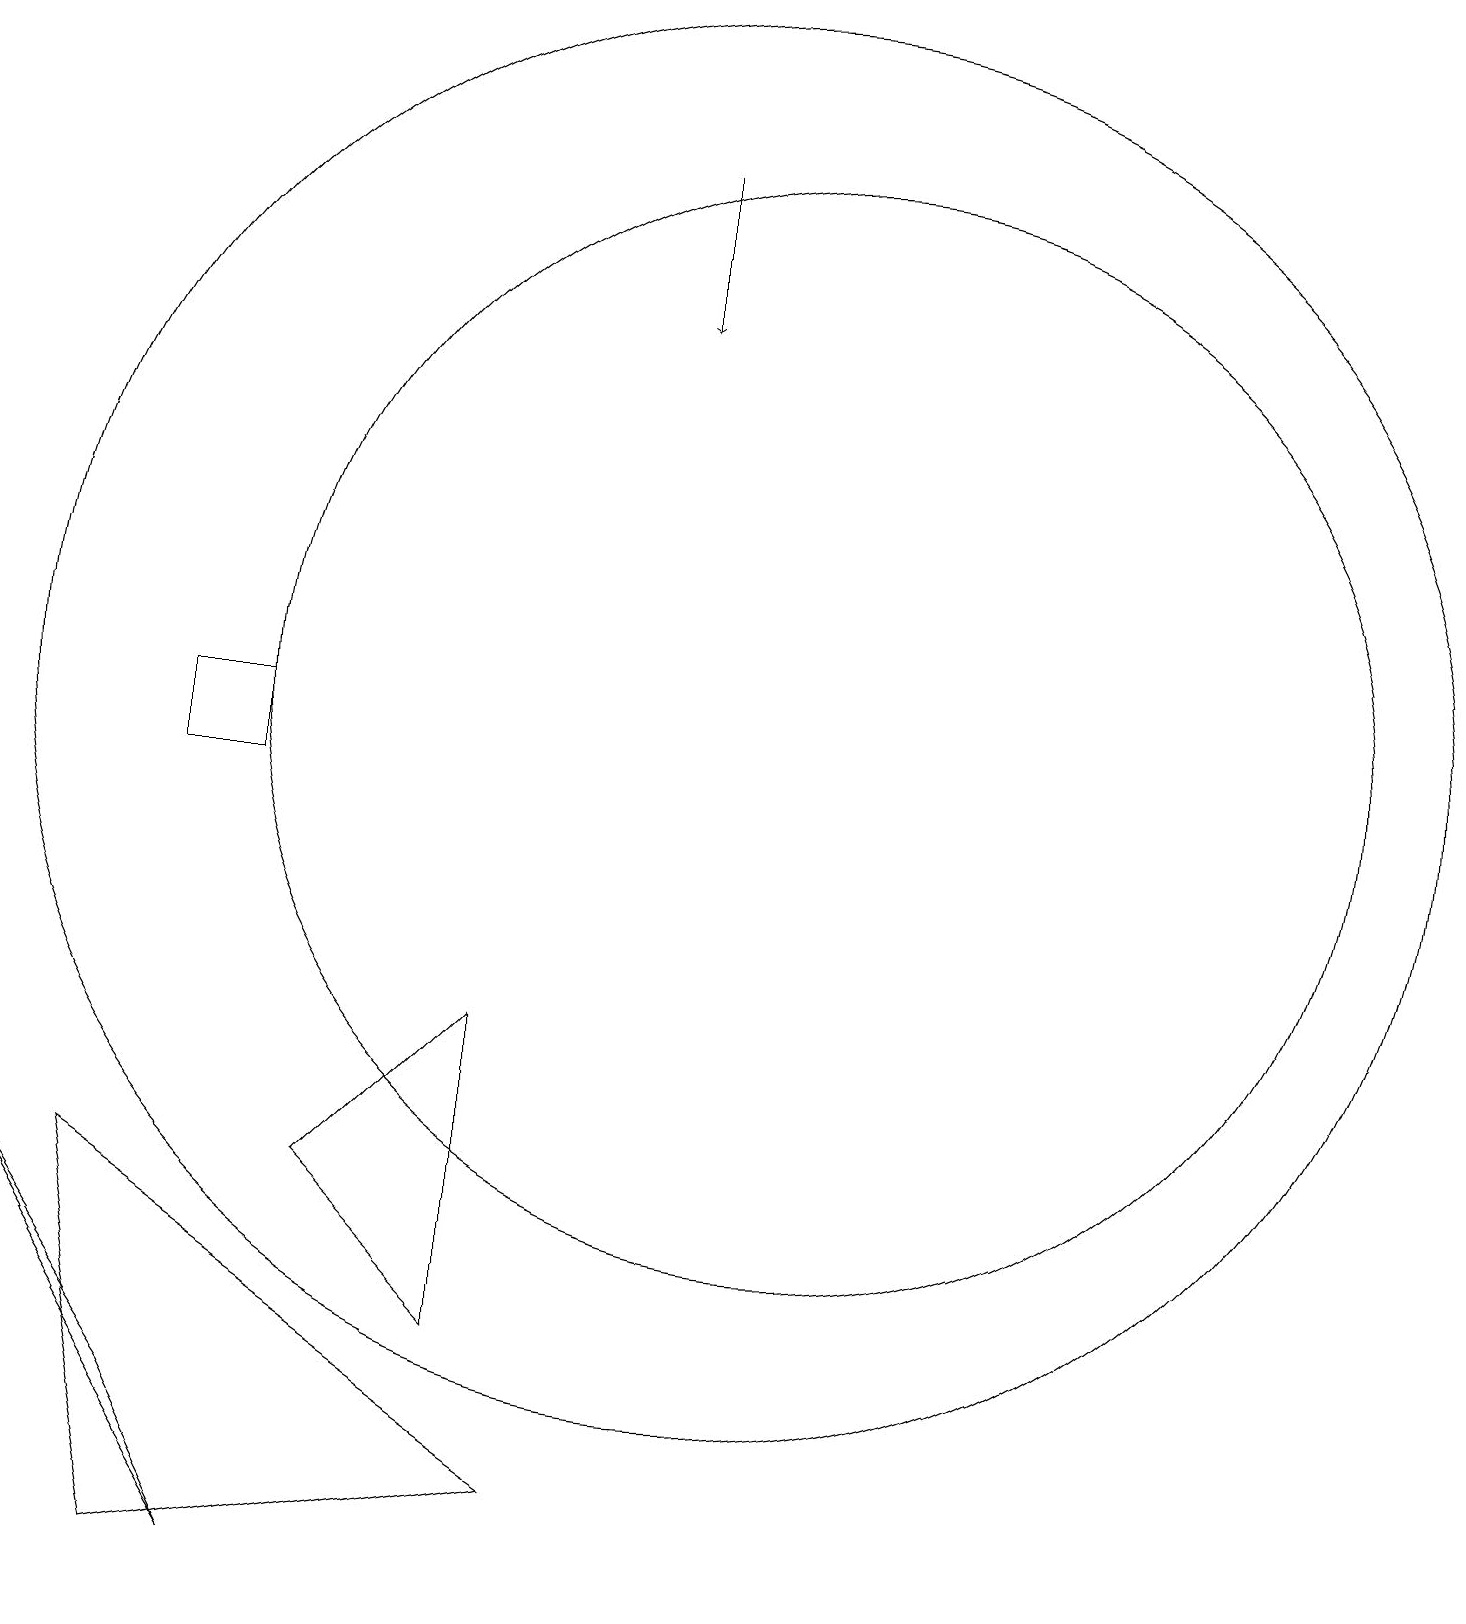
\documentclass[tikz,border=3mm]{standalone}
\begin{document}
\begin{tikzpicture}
\draw (3,11) rectangle (4,10);
\draw (10,11) circle (9);
\draw (5,5) -- (7,7) -- (7,3) -- cycle;
\draw[->] (9,18) -- (9,16);
\draw (4,0) -- (1,5) -- (3,2) -- cycle;
\draw (11,11) circle (7);
\draw (3,0) -- (2,5) -- (8,1) -- cycle;
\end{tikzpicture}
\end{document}